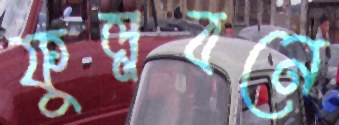
ফুল্লবনে